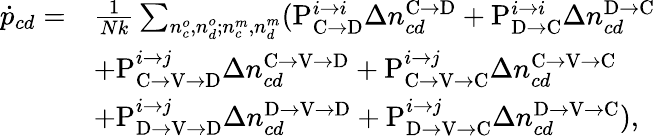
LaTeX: \begin{array}{rl}{\dot{p}_{cd}=}&{\frac{1}{Nk}\sum_{n_{c}^{o},n_{d}^{o};n_{c}^{m},n_{d}^{m}}(\mathrm{P}_{\mathrm{C}\rightarrow\mathrm{D}}^{i\rightarrow i}\Delta n_{cd}^{\mathrm{C}\rightarrow\mathrm{D}}+\mathrm{P}_{\mathrm{D}\rightarrow\mathrm{C}}^{i\rightarrow i}\Delta n_{cd}^{\mathrm{D}\rightarrow\mathrm{C}}}\\ &{+\mathrm{P}_{\mathrm{C}\rightarrow\mathrm{V}\rightarrow\mathrm{D}}^{i\rightarrow j}\Delta n_{cd}^{\mathrm{C}\rightarrow\mathrm{V}\rightarrow\mathrm{D}}+\mathrm{P}_{\mathrm{C}\rightarrow\mathrm{V}\rightarrow\mathrm{C}}^{i\rightarrow j}\Delta n_{cd}^{\mathrm{C}\rightarrow\mathrm{V}\rightarrow\mathrm{C}}}\\ &{+\mathrm{P}_{\mathrm{D}\rightarrow\mathrm{V}\rightarrow\mathrm{D}}^{i\rightarrow j}\Delta n_{cd}^{\mathrm{D}\rightarrow\mathrm{V}\rightarrow\mathrm{D}}+\mathrm{P}_{\mathrm{D}\rightarrow\mathrm{V}\rightarrow\mathrm{C}}^{i\rightarrow j}\Delta n_{cd}^{\mathrm{D}\rightarrow\mathrm{V}\rightarrow\mathrm{C}}),}\end{array}